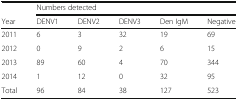
|  | <COLSPAN=5> Numbers detected |
 | Year | DENV1 | DENV2 | DENV3 | Den IgM | Negative |
 | --- | --- | --- | --- | --- | --- |
 | 2011 | 6 | 3 | 32 | 19 | 69 |
 | 2012 | 0 | 9 | 2 | 6 | 15 |
 | 2013 | 89 | 60 | 4 | 70 | 344 |
 | 2014 | 1 | 12 | 0 | 32 | 95 |
 | Total | 96 | 84 | 38 | 127 | 523 |